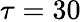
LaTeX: \tau=30